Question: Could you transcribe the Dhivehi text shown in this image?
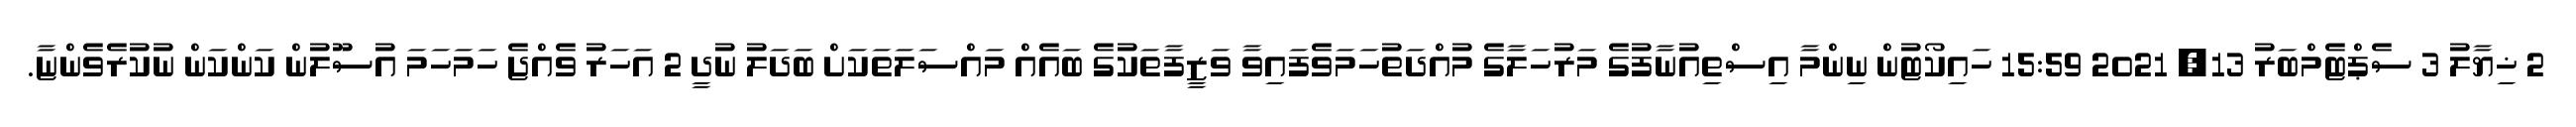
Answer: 2 ޚިޔާލު 3 ސެޕްޓެމްބަރު 13, 2021 15:59 ހައިކޯޓުން ނިންމާ އިސްތިއުނާފުގެ މަރުހަލާގެ މުއްދަތުހަމަވެފައިވާ ވަޒީފާތަކުގެ ބައެއް މައްސަލަތަކަށް ބަދަލު ނުދީ 2 އަހަރު ވެއްޖެ ހަމަހަމަ އުސޫލުން ކަންކަން ނުކުރެވެންޏާ.